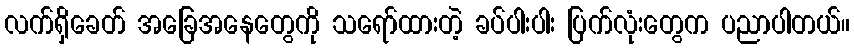
လက်ရှိခေတ် အခြေအနေတွေကို သရော်ထားတဲ့ ခပ်ပါးပါး ပြက်လုံးတွေက ပညာပါတယ်။